Annual report of lunatic asylums [Bombay] - 1912-1922
Year: 1912
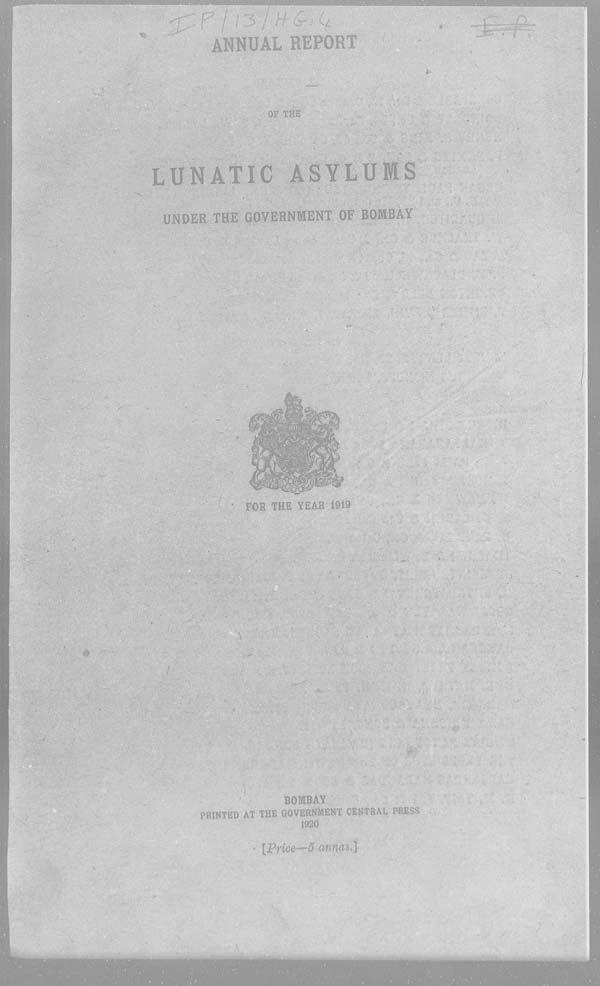
ANNUAL REPORT
OF THE
LUNATIC ASYLUMS
UNDER THE GOVERNMENT OF BOMBAY
FOR THE YEAR 1919
BOMBAY
PRINTED AT THE GOVERNMENT CENTRAL PRESS
1920
[Price—5 annas.]